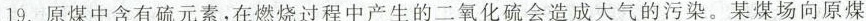
19.原煤中含有硫元素，在燃烧过程中产生的二氧化硫会造成大气的污染。某煤场向原煤